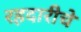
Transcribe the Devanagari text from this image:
रहदारीचे